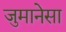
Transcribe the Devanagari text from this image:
जुमानेसा